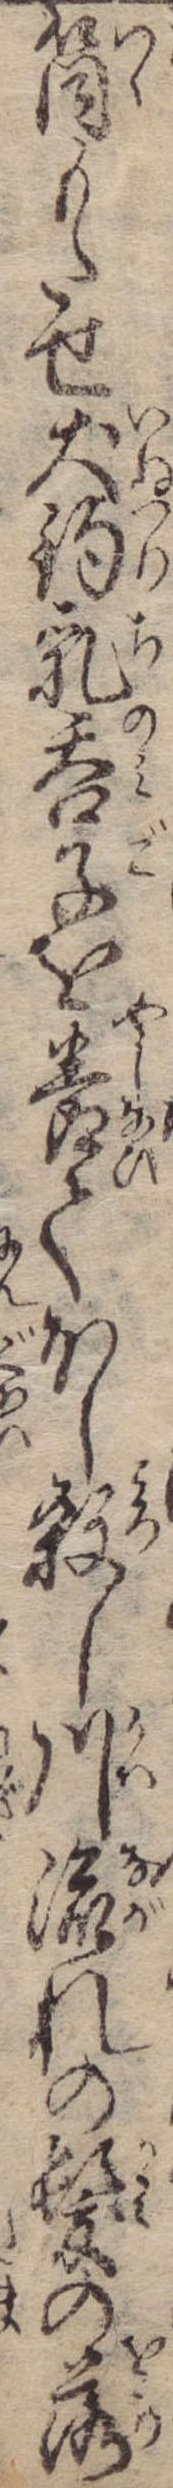
筒もたせ犬釣乳呑子を養てほし殺し川流れの髪の落